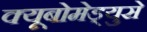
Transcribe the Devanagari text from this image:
क्यूबोमेड्युसे